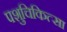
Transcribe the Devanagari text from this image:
पशुचिकित्‍सा